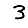
Digit: 3